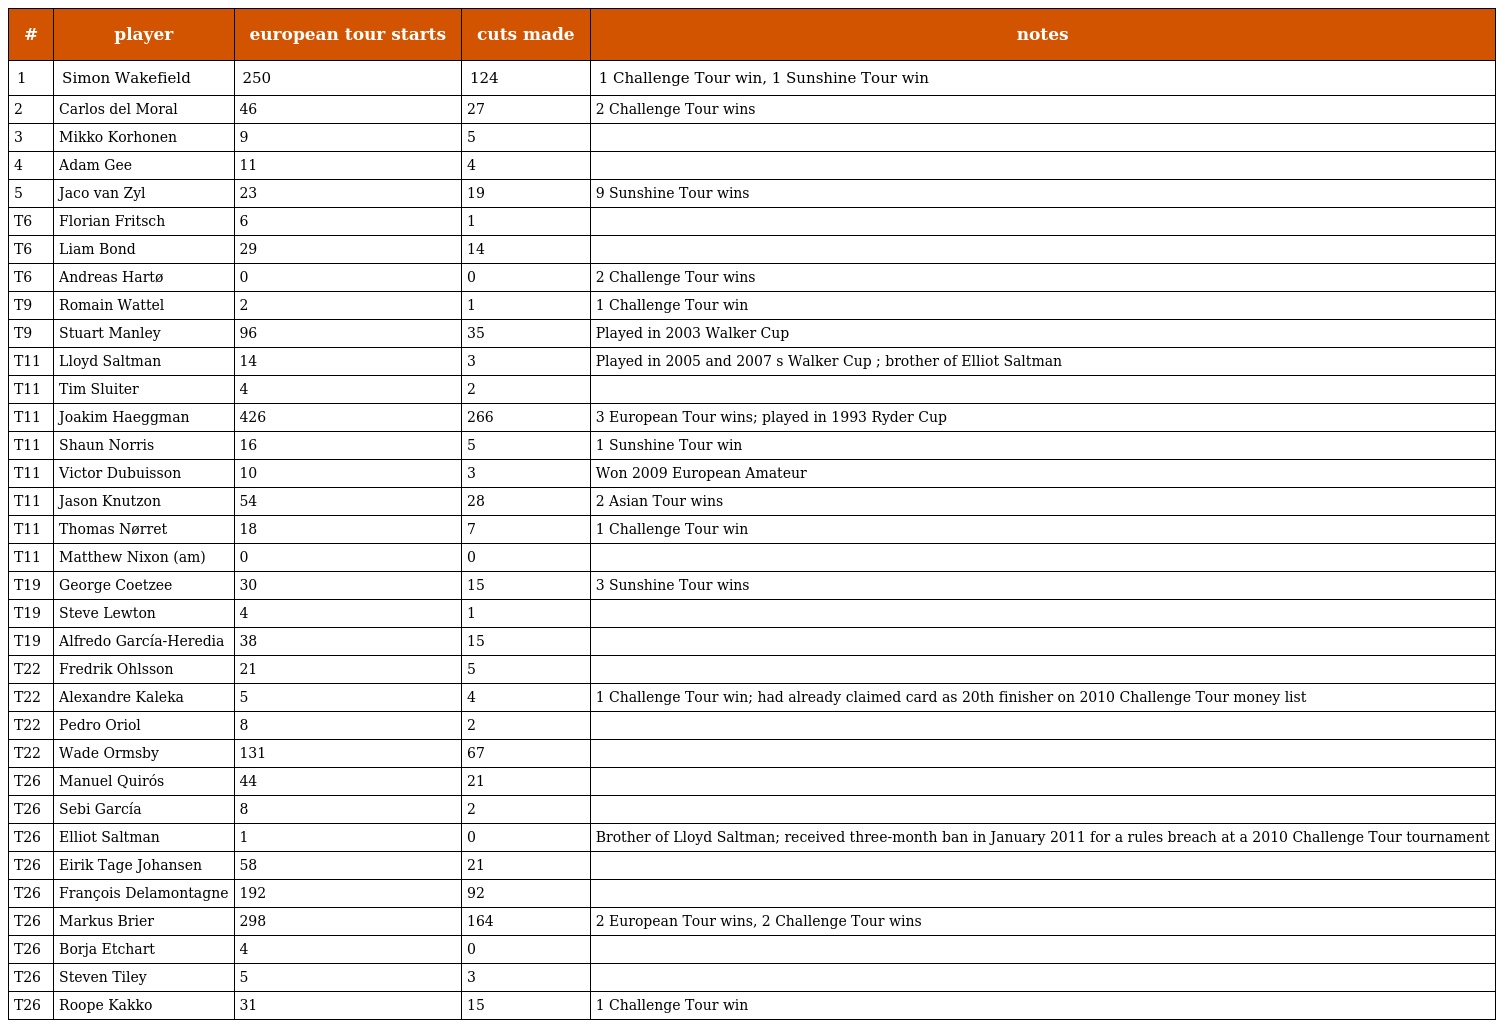
| # | player | european tour starts | cuts made | notes |
 | --- | --- | --- | --- | --- |
 | 1 | Simon Wakefield | 250 | 124 | 1 Challenge Tour win, 1 Sunshine Tour win |
 | 2 | Carlos del Moral | 46 | 27 | 2 Challenge Tour wins |
 | 3 | Mikko Korhonen | 9 | 5 |  |
 | 4 | Adam Gee | 11 | 4 |  |
 | 5 | Jaco van Zyl | 23 | 19 | 9 Sunshine Tour wins |
 | T6 | Florian Fritsch | 6 | 1 |  |
 | T6 | Liam Bond | 29 | 14 |  |
 | T6 | Andreas Hartø | 0 | 0 | 2 Challenge Tour wins |
 | T9 | Romain Wattel | 2 | 1 | 1 Challenge Tour win |
 | T9 | Stuart Manley | 96 | 35 | Played in 2003 Walker Cup |
 | T11 | Lloyd Saltman | 14 | 3 | Played in 2005 and 2007 s Walker Cup ; brother of Elliot Saltman |
 | T11 | Tim Sluiter | 4 | 2 |  |
 | T11 | Joakim Haeggman | 426 | 266 | 3 European Tour wins; played in 1993 Ryder Cup |
 | T11 | Shaun Norris | 16 | 5 | 1 Sunshine Tour win |
 | T11 | Victor Dubuisson | 10 | 3 | Won 2009 European Amateur |
 | T11 | Jason Knutzon | 54 | 28 | 2 Asian Tour wins |
 | T11 | Thomas Nørret | 18 | 7 | 1 Challenge Tour win |
 | T11 | Matthew Nixon (am) | 0 | 0 |  |
 | T19 | George Coetzee | 30 | 15 | 3 Sunshine Tour wins |
 | T19 | Steve Lewton | 4 | 1 |  |
 | T19 | Alfredo García-Heredia | 38 | 15 |  |
 | T22 | Fredrik Ohlsson | 21 | 5 |  |
 | T22 | Alexandre Kaleka | 5 | 4 | 1 Challenge Tour win; had already claimed card as 20th finisher on 2010 Challenge Tour money list |
 | T22 | Pedro Oriol | 8 | 2 |  |
 | T22 | Wade Ormsby | 131 | 67 |  |
 | T26 | Manuel Quirós | 44 | 21 |  |
 | T26 | Sebi García | 8 | 2 |  |
 | T26 | Elliot Saltman | 1 | 0 | Brother of Lloyd Saltman; received three-month ban in January 2011 for a rules breach at a 2010 Challenge Tour tournament |
 | T26 | Eirik Tage Johansen | 58 | 21 |  |
 | T26 | François Delamontagne | 192 | 92 |  |
 | T26 | Markus Brier | 298 | 164 | 2 European Tour wins, 2 Challenge Tour wins |
 | T26 | Borja Etchart | 4 | 0 |  |
 | T26 | Steven Tiley | 5 | 3 |  |
 | T26 | Roope Kakko | 31 | 15 | 1 Challenge Tour win |